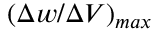
( \Delta w / \Delta V ) _ { m a x }